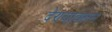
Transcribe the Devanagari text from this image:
देण्यावरून